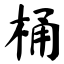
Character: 桶